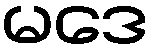
မဒေ